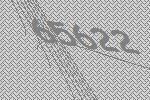
65622